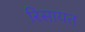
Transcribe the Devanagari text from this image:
रिसायत